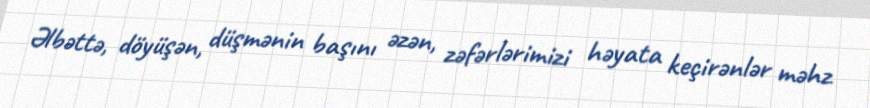
Əlbəttə, döyüşən, düşmənin başını əzən, zəfərlərimizi həyata keçirənlər məhz